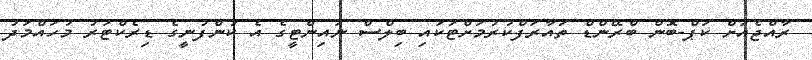
ރާއްޖެއަށް ކަޕް-ބޮން ބްރޭންޑް ތައާރަފްކުރުމަށްޓަކައި ބިލްސް ނައިންޓީގެ އެ ކުންފުނީގެ ޑިރެކްޓަރު މުހައްމަދު